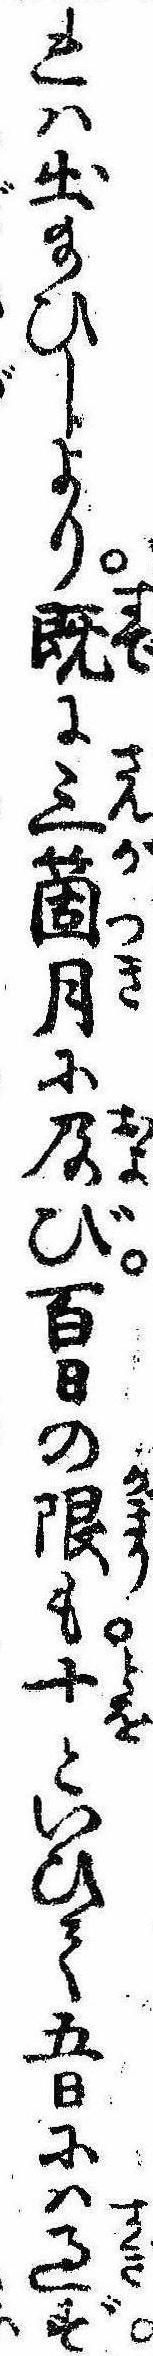
れは出給ひしより既に三箇月に及び百日の限も十といひて五日には過ず